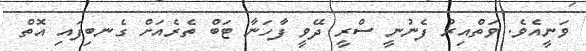
ވަނީއެވެ. ވަތްއިރު ފެނުނީ ސްރީ ދޭވީ ފާހަނާ ޓަބް ތެރެއަށް ގެނބިފައި އޮތް